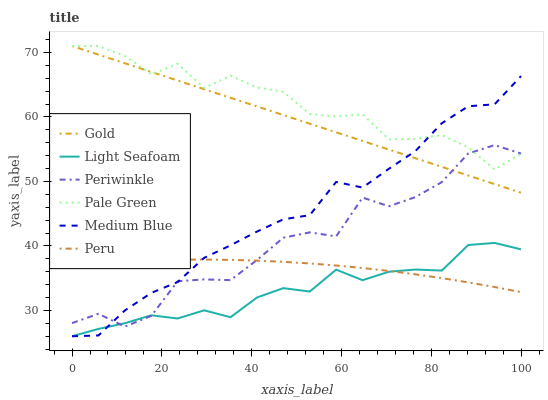
| xaxis_label | Gold | Light Seafoam | Periwinkle | Pale Green | Medium Blue | Peru |
 | --- | --- | --- | --- | --- | --- | --- |
 | 0 | 71 | 26 | 28 | 71 | 26 | 37.1 |
 | 5.88 | 69.7 | 27.1 | 29.5 | 71 | 26.1 | 37.4 |
 | 11.8 | 68.3 | 28 | 27.5 | 69.5 | 30 | 37.6 |
 | 17.6 | 67 | 29.3 | 29.2 | 66.6 | 32.7 | 37.8 |
 | 23.5 | 65.6 | 28.8 | 34.5 | 68.2 | 34.4 | 37.9 |
 | 29.4 | 64.3 | 30 | 34.8 | 64.5 | 38.2 | 37.9 |
 | 35.3 | 63 | 28.9 | 34.7 | 66.4 | 40.1 | 37.8 |
 | 41.2 | 61.6 | 32 | 37.8 | 64.6 | 42.2 | 37.7 |
 | 47.1 | 60.3 | 33.5 | 41.3 | 63.9 | 44.1 | 37.5 |
 | 52.9 | 59 | 32.9 | 42.1 | 60.5 | 44.8 | 37.3 |
 | 58.8 | 57.6 | 36.3 | 41.5 | 60.1 | 49.9 | 37 |
 | 64.7 | 56.3 | 34.7 | 47.5 | 60.4 | 49.1 | 36.6 |
 | 70.6 | 54.9 | 36 | 46.1 | 56.5 | 52 | 36.1 |
 | 76.5 | 53.6 | 36.3 | 47.6 | 56.6 | 54.7 | 35.6 |
 | 82.4 | 52.3 | 36.2 | 49.9 | 57.2 | 59 | 35 |
 | 88.2 | 50.9 | 40.1 | 54.3 | 55.3 | 61.7 | 34.4 |
 | 94.1 | 49.6 | 40.5 | 55.6 | 51.9 | 62 | 33.6 |
 | 100 | 48.3 | 39.5 | 54.3 | 54.3 | 66.3 | 32.8 |